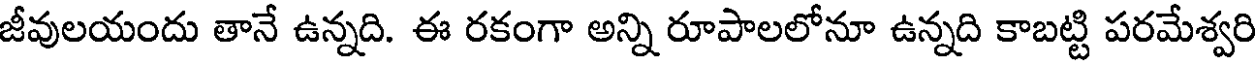
జీవులయందు తానే ఉన్నది. ఈ రకంగా అన్ని రూపాలలోనూ ఉన్నది కాబట్టి పరమేశ్వరి